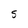
Character: S